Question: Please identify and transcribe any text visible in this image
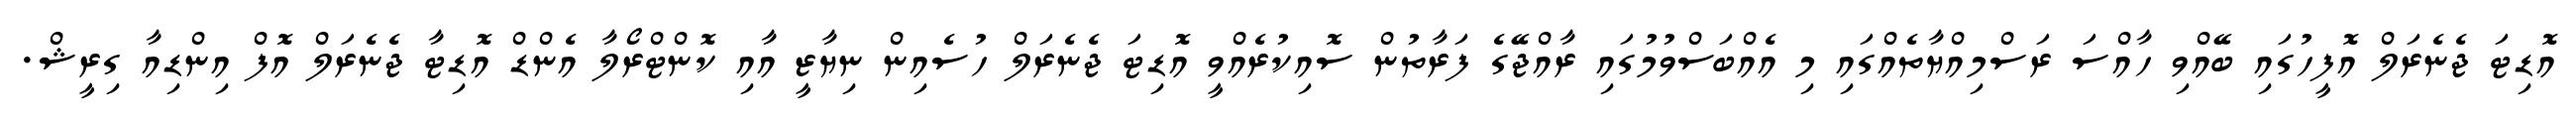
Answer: އޮޑިޓަ ޖެނެރަލް އޮފީހުގައި ބޭއްވި ހާއްސަ ރަސްމިއްޔާތެއްގައި މި އެއްބަސްވުމުގައި ރާއްޖޭގެ ފަރާތުން ސޮއިކުރެއްވީ އޮޑިޓަ ޖެނެރަލް ހުސެއިން ނިޔާޒީ އާއި ކޮންޓްރޯލާ އެންޑް އޮޑިޓާ ޖެނެރަލް އޮފް އިންޑިއާ ގިރީޝް.